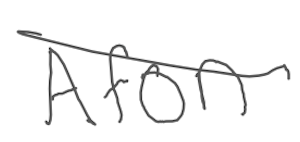
Text: Afon
Cross-out: single-line
Writing tool: digital_gray